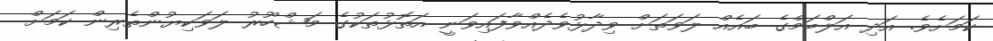
ކަމަށެވެ. އަދި އަލްބަމްގެ ބައެއް ލަވަތަށް ވިދާޅުވެދެއްވާފައިވަނީ އަތޮޅުތަކުގެ މަޝްހޫރު ލަވަކިޔުންތެރިން ކަމަށް